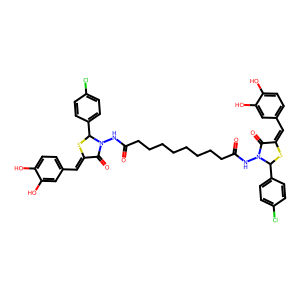
SMILES: O=C(CCCCCCCCC(=O)NN1C(=O)C(=Cc2ccc(O)c(O)c2)SC1c1ccc(Cl)cc1)NN1C(=O)C(=Cc2ccc(O)c(O)c2)SC1c1ccc(Cl)cc1
Inhibits HIV replication: No